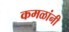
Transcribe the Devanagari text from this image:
कमळांनी